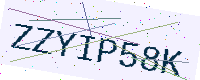
Text: ZZYIP58K